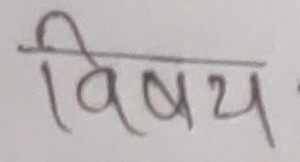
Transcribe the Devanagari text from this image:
विषय